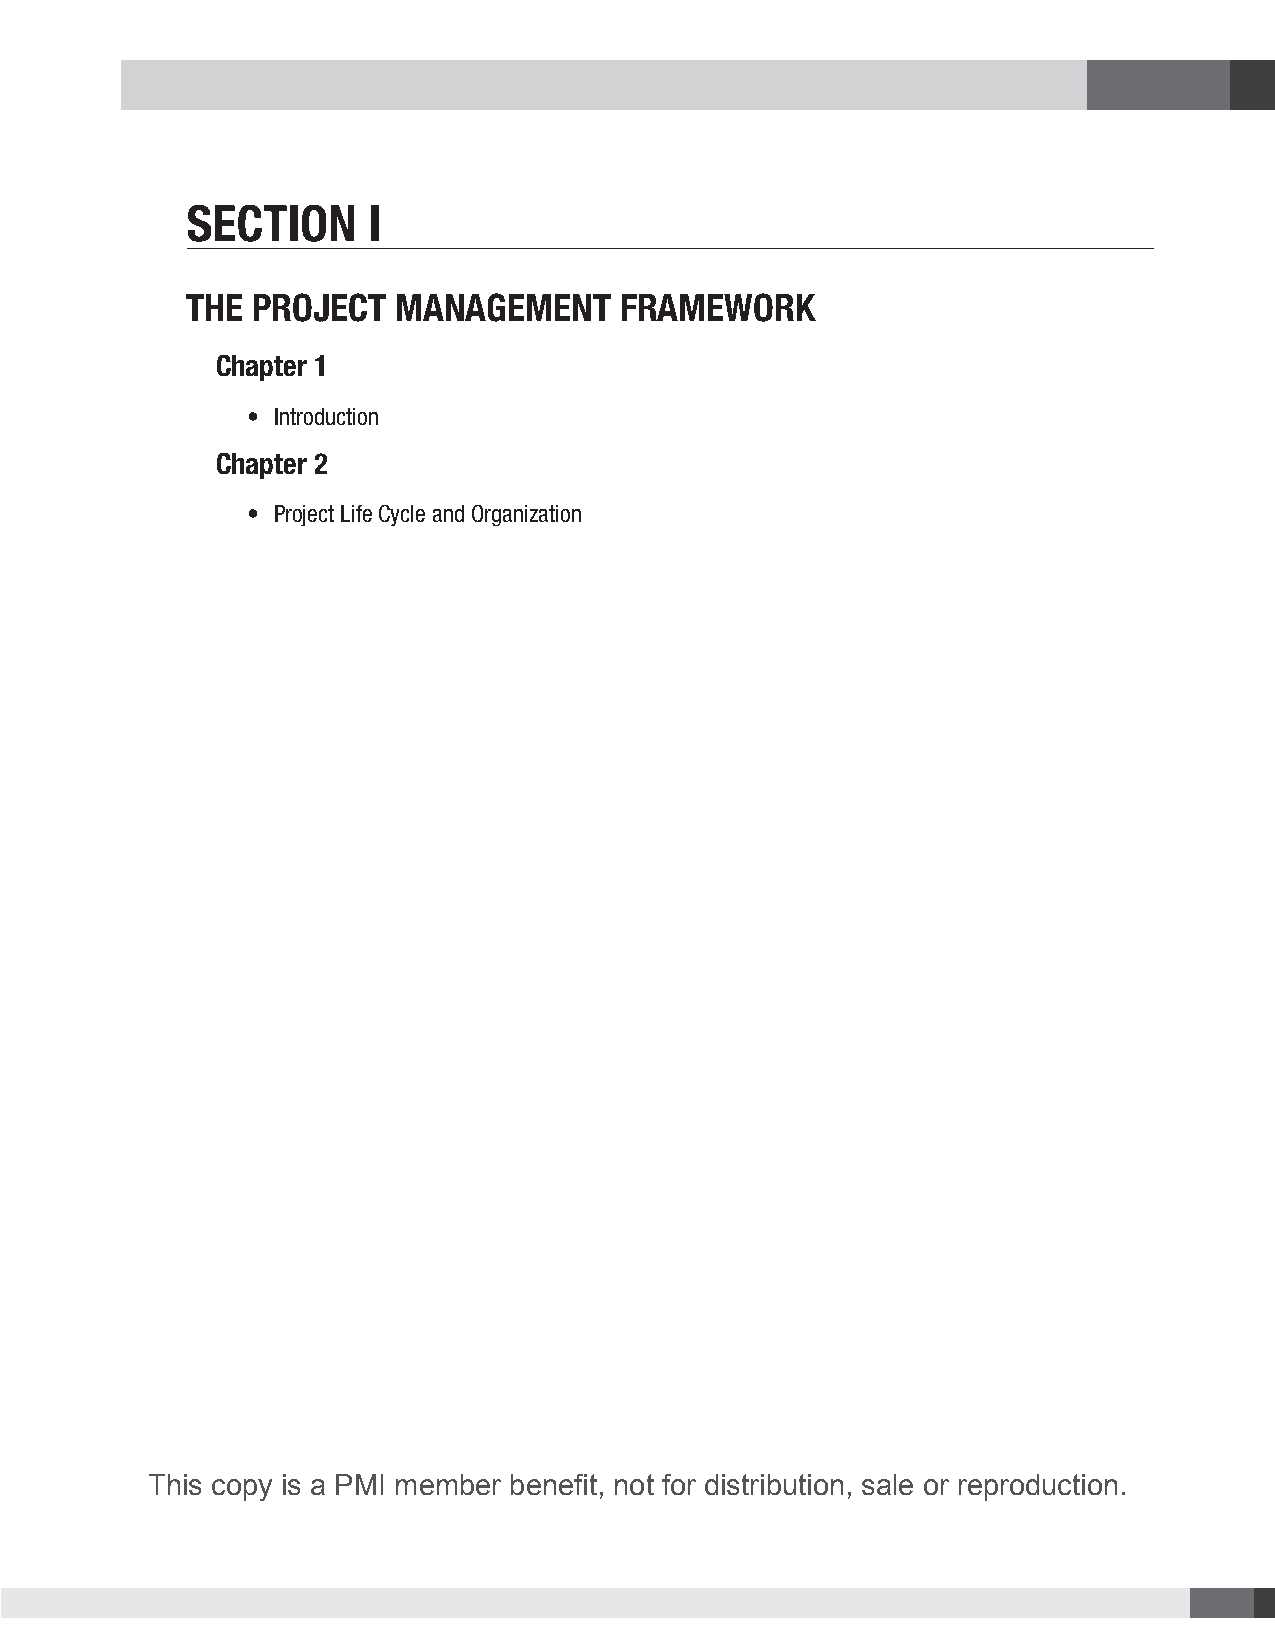
Section     i
 the Project  ManageMent     FraMework
 Chapter 1
 • Introduction
 Chapter 2
 • Project Life Cycle and Organization
 This copy is a PMI member benefit, not for distribution, sale or reproduction.